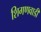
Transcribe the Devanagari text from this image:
शिगणवाडी